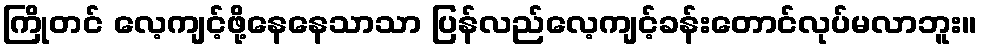
ကြိုတင် လေ့ကျင့်ဖို့နေနေသာသာ ပြန်လည်လေ့ကျင့်ခန်းတောင်လုပ်မလာဘူး။